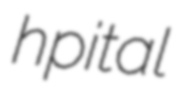
hpital